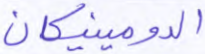
الدومينيكان